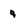
Character: 4